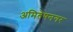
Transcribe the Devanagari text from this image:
अमितेषनगर